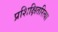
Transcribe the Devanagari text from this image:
प्रशिक्षितरित्या